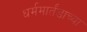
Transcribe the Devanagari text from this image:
धर्ममार्तंडाच्या